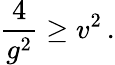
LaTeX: {\frac{4}{g^{2}}}\geq v^{2}\, .